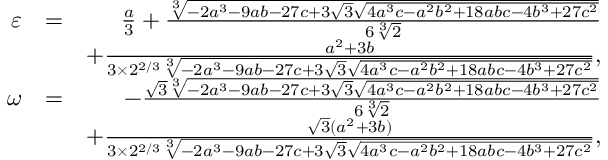
\begin{array} { r l r } { \varepsilon } & { = } & { \frac { a } { 3 } + \frac { \sqrt [ 3 ] { - 2 a ^ { 3 } - 9 a b - 2 7 c + 3 \sqrt { 3 } \sqrt { 4 a ^ { 3 } c - a ^ { 2 } b ^ { 2 } + 1 8 a b c - 4 b ^ { 3 } + 2 7 c ^ { 2 } } } } { 6 \sqrt [ 3 ] { 2 } } } \\ & { } & { + \frac { a ^ { 2 } + 3 b } { 3 \times 2 ^ { 2 / 3 } \sqrt [ 3 ] { - 2 a ^ { 3 } - 9 a b - 2 7 c + 3 \sqrt { 3 } \sqrt { 4 a ^ { 3 } c - a ^ { 2 } b ^ { 2 } + 1 8 a b c - 4 b ^ { 3 } + 2 7 c ^ { 2 } } } } , } \\ { \omega } & { = } & { - \frac { \sqrt { 3 } \sqrt [ 3 ] { - 2 a ^ { 3 } - 9 a b - 2 7 c + 3 \sqrt { 3 } \sqrt { 4 a ^ { 3 } c - a ^ { 2 } b ^ { 2 } + 1 8 a b c - 4 b ^ { 3 } + 2 7 c ^ { 2 } } } } { 6 \sqrt [ 3 ] { 2 } } } \\ & { } & { + \frac { \sqrt 3 ( a ^ { 2 } + 3 b ) } { 3 \times 2 ^ { 2 / 3 } \sqrt [ 3 ] { - 2 a ^ { 3 } - 9 a b - 2 7 c + 3 \sqrt { 3 } \sqrt { 4 a ^ { 3 } c - a ^ { 2 } b ^ { 2 } + 1 8 a b c - 4 b ^ { 3 } + 2 7 c ^ { 2 } } } } , } \end{array}